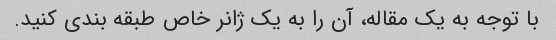
با توجه به یک مقاله، آن را به یک ژانر خاص طبقه بندی کنید.